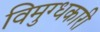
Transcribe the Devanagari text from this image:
विमुग्धकारी